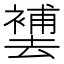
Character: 𱑮